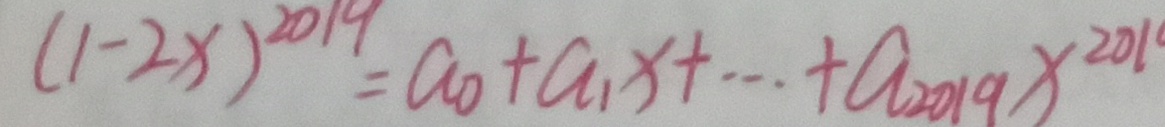
( 1 - 2 x ) ^ { 2 0 1 9 } = a _ { 0 } + a _ { 1 } x + \cdots + a _ { 2 0 1 9 } x ^ { 2 0 1 }